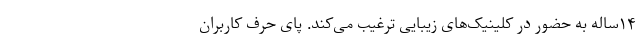
۱۴ساله به حضور در کلینیک‌های زیبایی ترغیب می‌کند. پای حرف کاربران